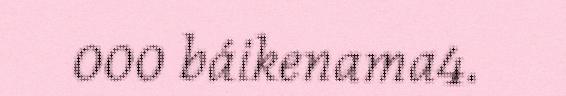
000 báikenama4.